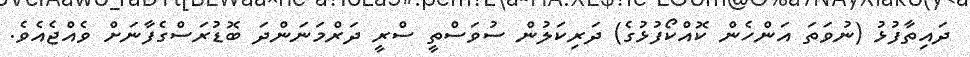
ދައިތާފުޅު (ނުވަތަ އަންހެން ކޮއްކޯފުޅުގެ) ދަރިކަލުން ސުވަސްތީ ސްރީ ދަރްމަނަންދަ ބޮޑުރަސްގެފާނަށް ވެއްޖެއެވެ.